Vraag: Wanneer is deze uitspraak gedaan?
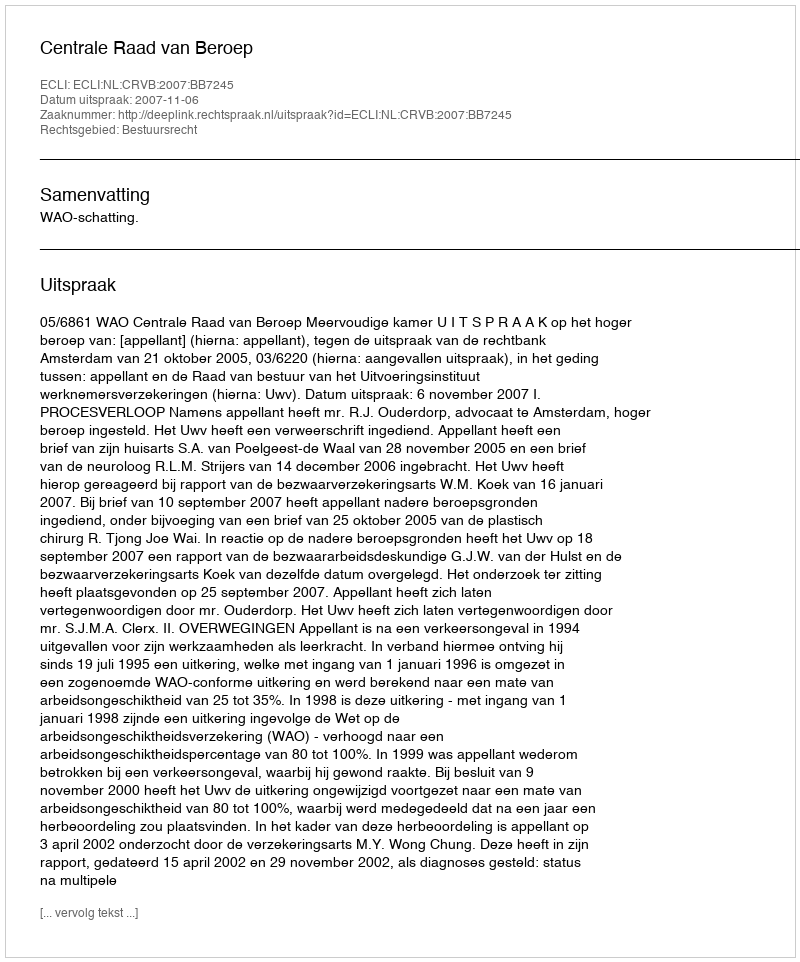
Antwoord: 2007-11-06